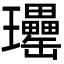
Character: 𤫥